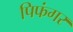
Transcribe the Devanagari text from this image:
पिफंगर